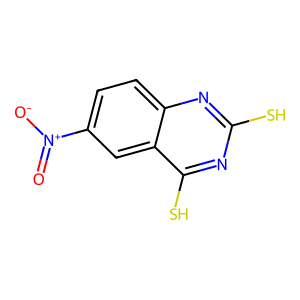
SMILES: O=[N+]([O-])c1ccc2nc(S)nc(S)c2c1
Inhibits HIV replication: No